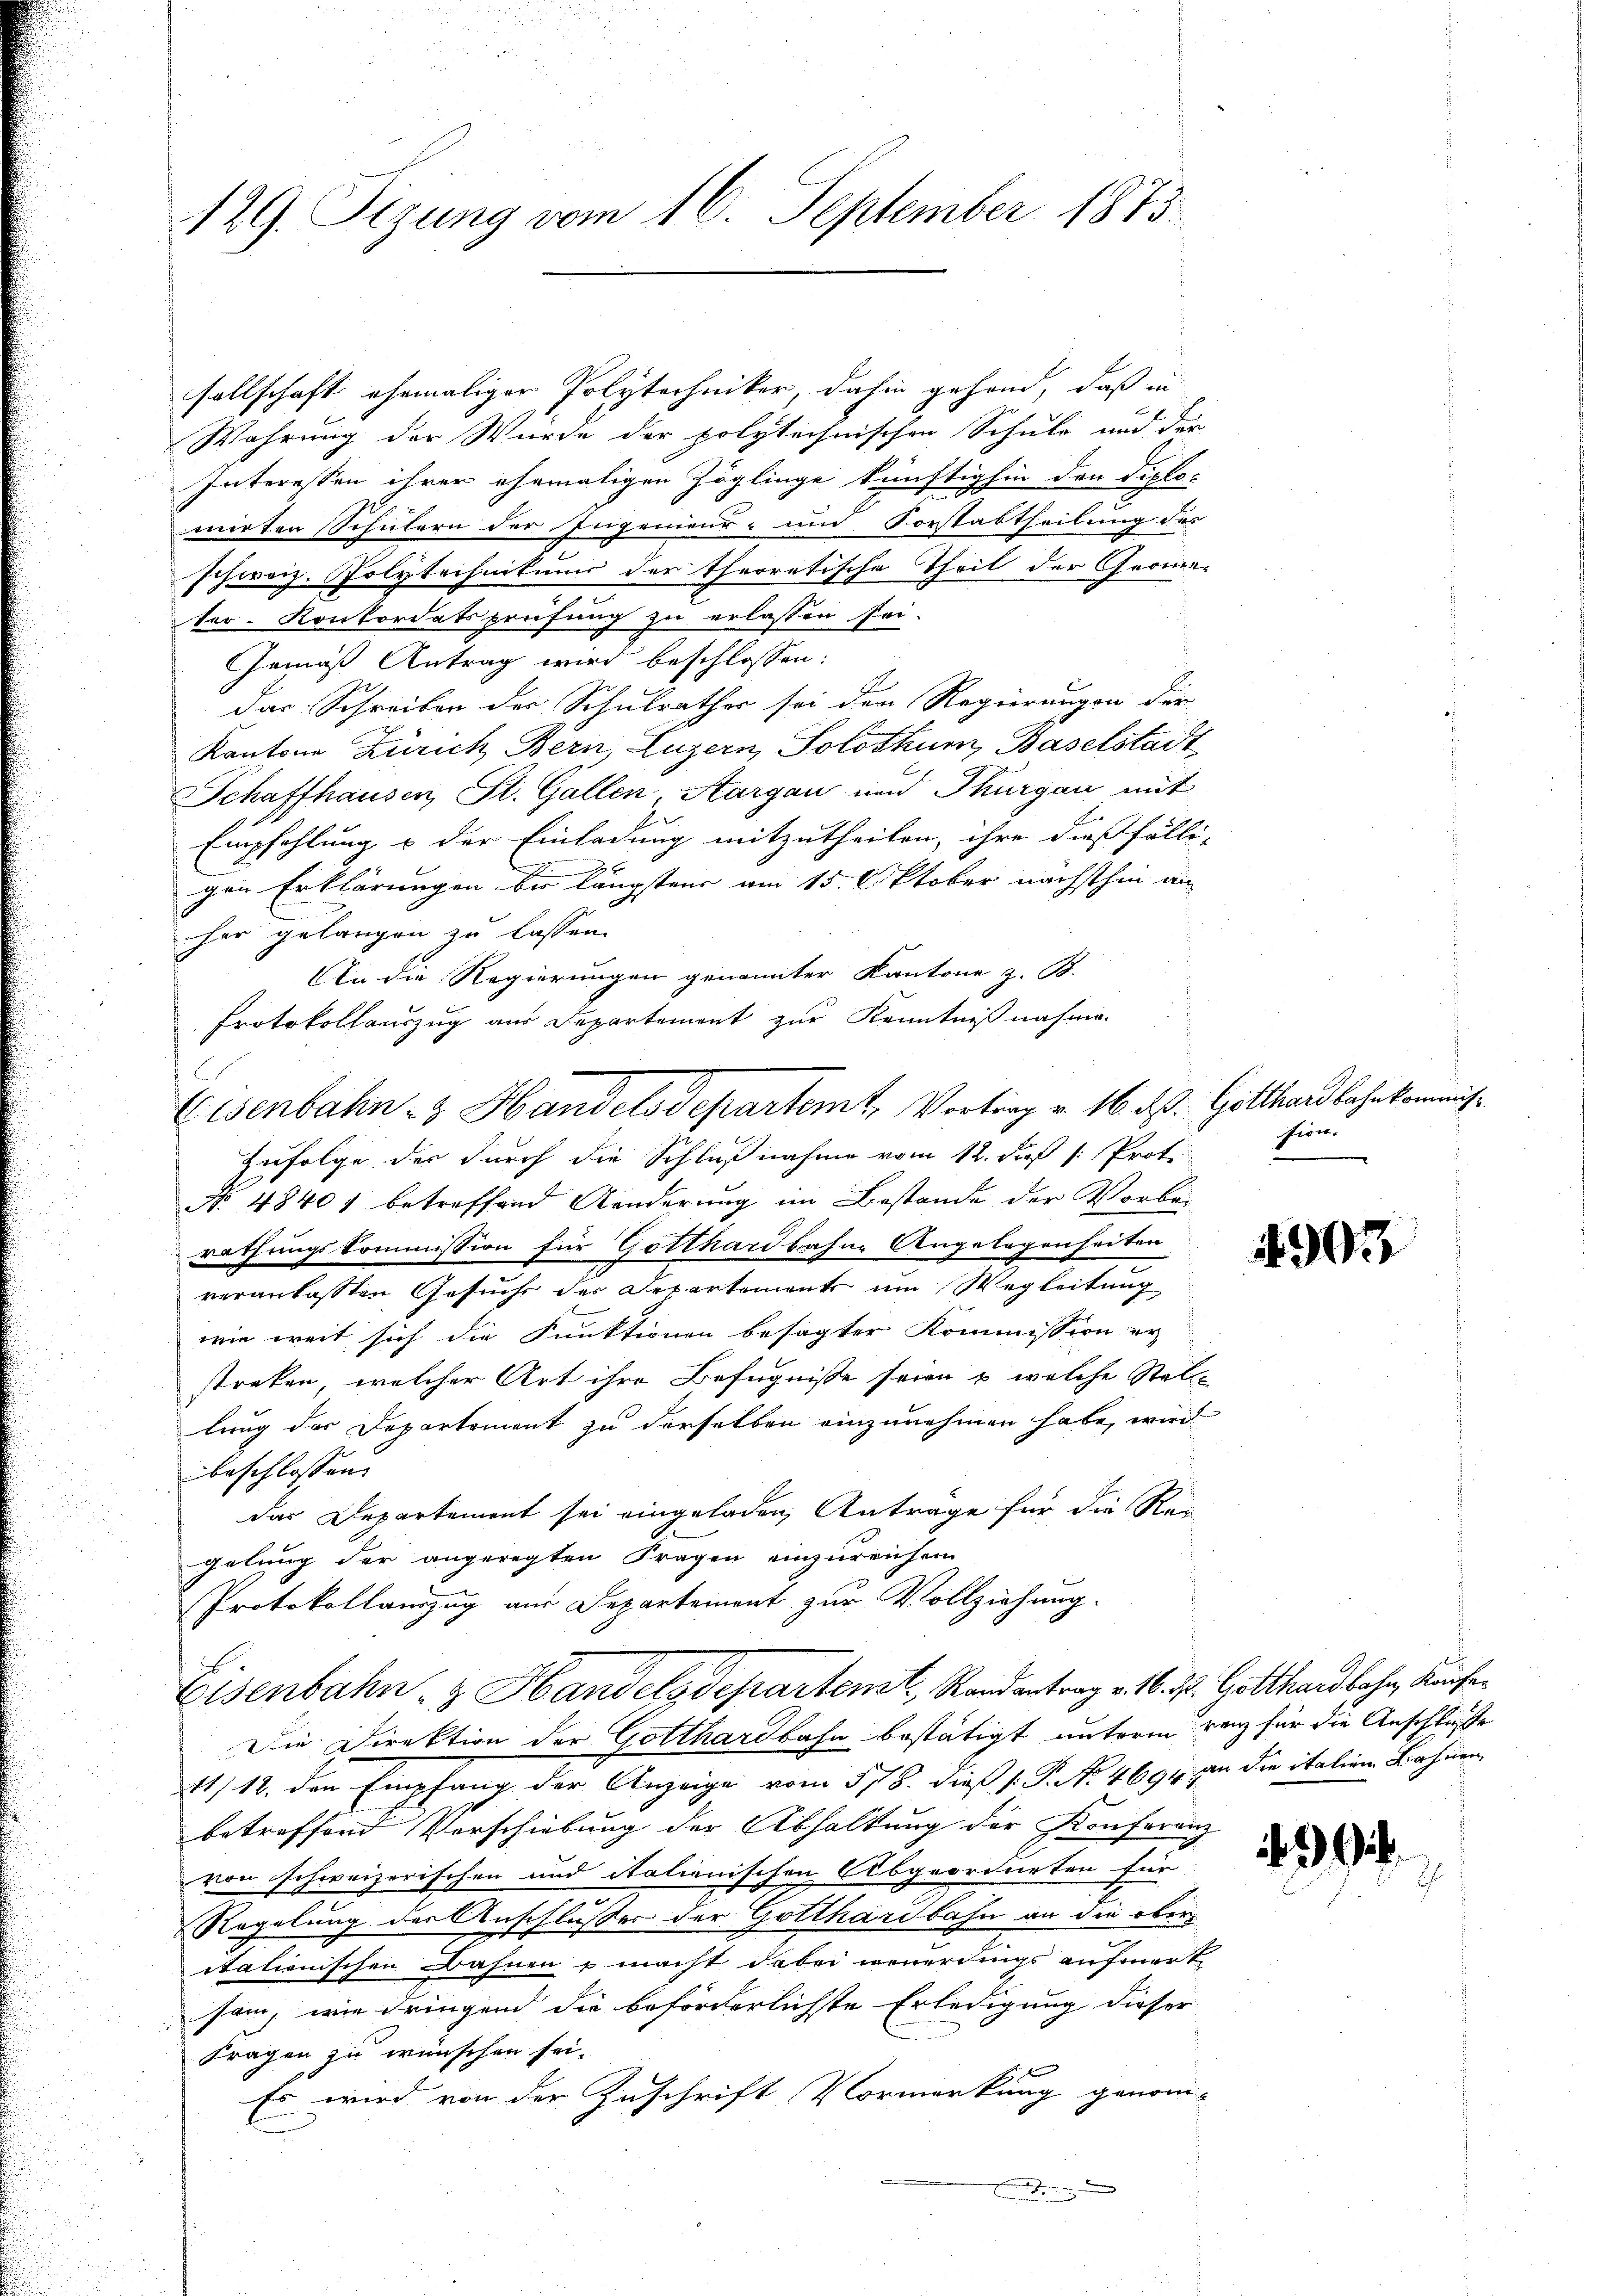
129. Segung vom 16. September 1873.

sellschaft ehemaliger Polytechniker, dahin gehend, daß in
Wahrung der Wurde der polytechnischen Schule und der
Interessen ihrer ehemaligen Zöglinge künftighin den Diplo-
mirten Schülern der Ingenieur- und Vorstabtheilung des
schweiz. Polytechnikums der theoretische Theil der Groma-
ter-Konkordatsprüfung zu erlassen sei.
Gemäß Antrag wird beschlossen:
das Schreiben der Schulrathes sei den Regierungen der
Kantone Zürich Bern, Luzern, Solothur, Baselstadt
Schaffhausen, St. Gallen, Aargau und Thurgau mit
Empfehlung & der Einladung mitzutheilen, ihre dießfälli-
gen Erklärungen bis längstens am 15. Oktober nächsthin an
her gelangen zu lassen.
An die Regierungen genannter Kantone z. B.
Protokollauszug aus Departement zur Kenntniß nahme
Zufolge der durch die Schlußnahme vom 12. dieß [: Prof. sien.
No 48401 betreffend Aenderung im Bestande der Vorbei
rathungskommission für Gotthardbahne Angelegenheiten
veranlassten Gesuche der Departemente um Wegleitung
wie weit sich die Funktionen besagter Kommission er
streken, welcher Art ihre Befugnisse seien & welche Stel-
lung des Departement zu derselben einzunehmen habe, wird
beschlossen,
das Departement sei eingeladen Antrage für die Rei
gelung der angeregten Fragen einzureichen
Protokollauszug aus Departement zur Vollziehung.
Eisenbahn- & Handelsdepartenst, Randantrag v. 16. d. Gotthardbahn, Kaufe¬
Die Direktion der Gotthardbahn bestätigt unterm ganz für die Anschluße
11/12. den Empfang der Anzeige vom 578. dieß s: P. No 4694 an die italien Bahnen
betreffend Verschiebung der Abhaltung der Konferenz
von schweizerischen und italienischen Abgeordneten für
Regelung der Anschlusser der Gotthardbahn an die oberitationischen Bahnen & macht dabei neuerdings aufmerk
sein, wie dringend die beförderlichste Erledigung dieser
Fragen zu wünschen sei.
Es wird von der Zuschrift Vormerkung genom-

Eisenbahn- & Handels Departemt, Vortrag v. 16. ds. Gotthardbahnkommis¬

303

.